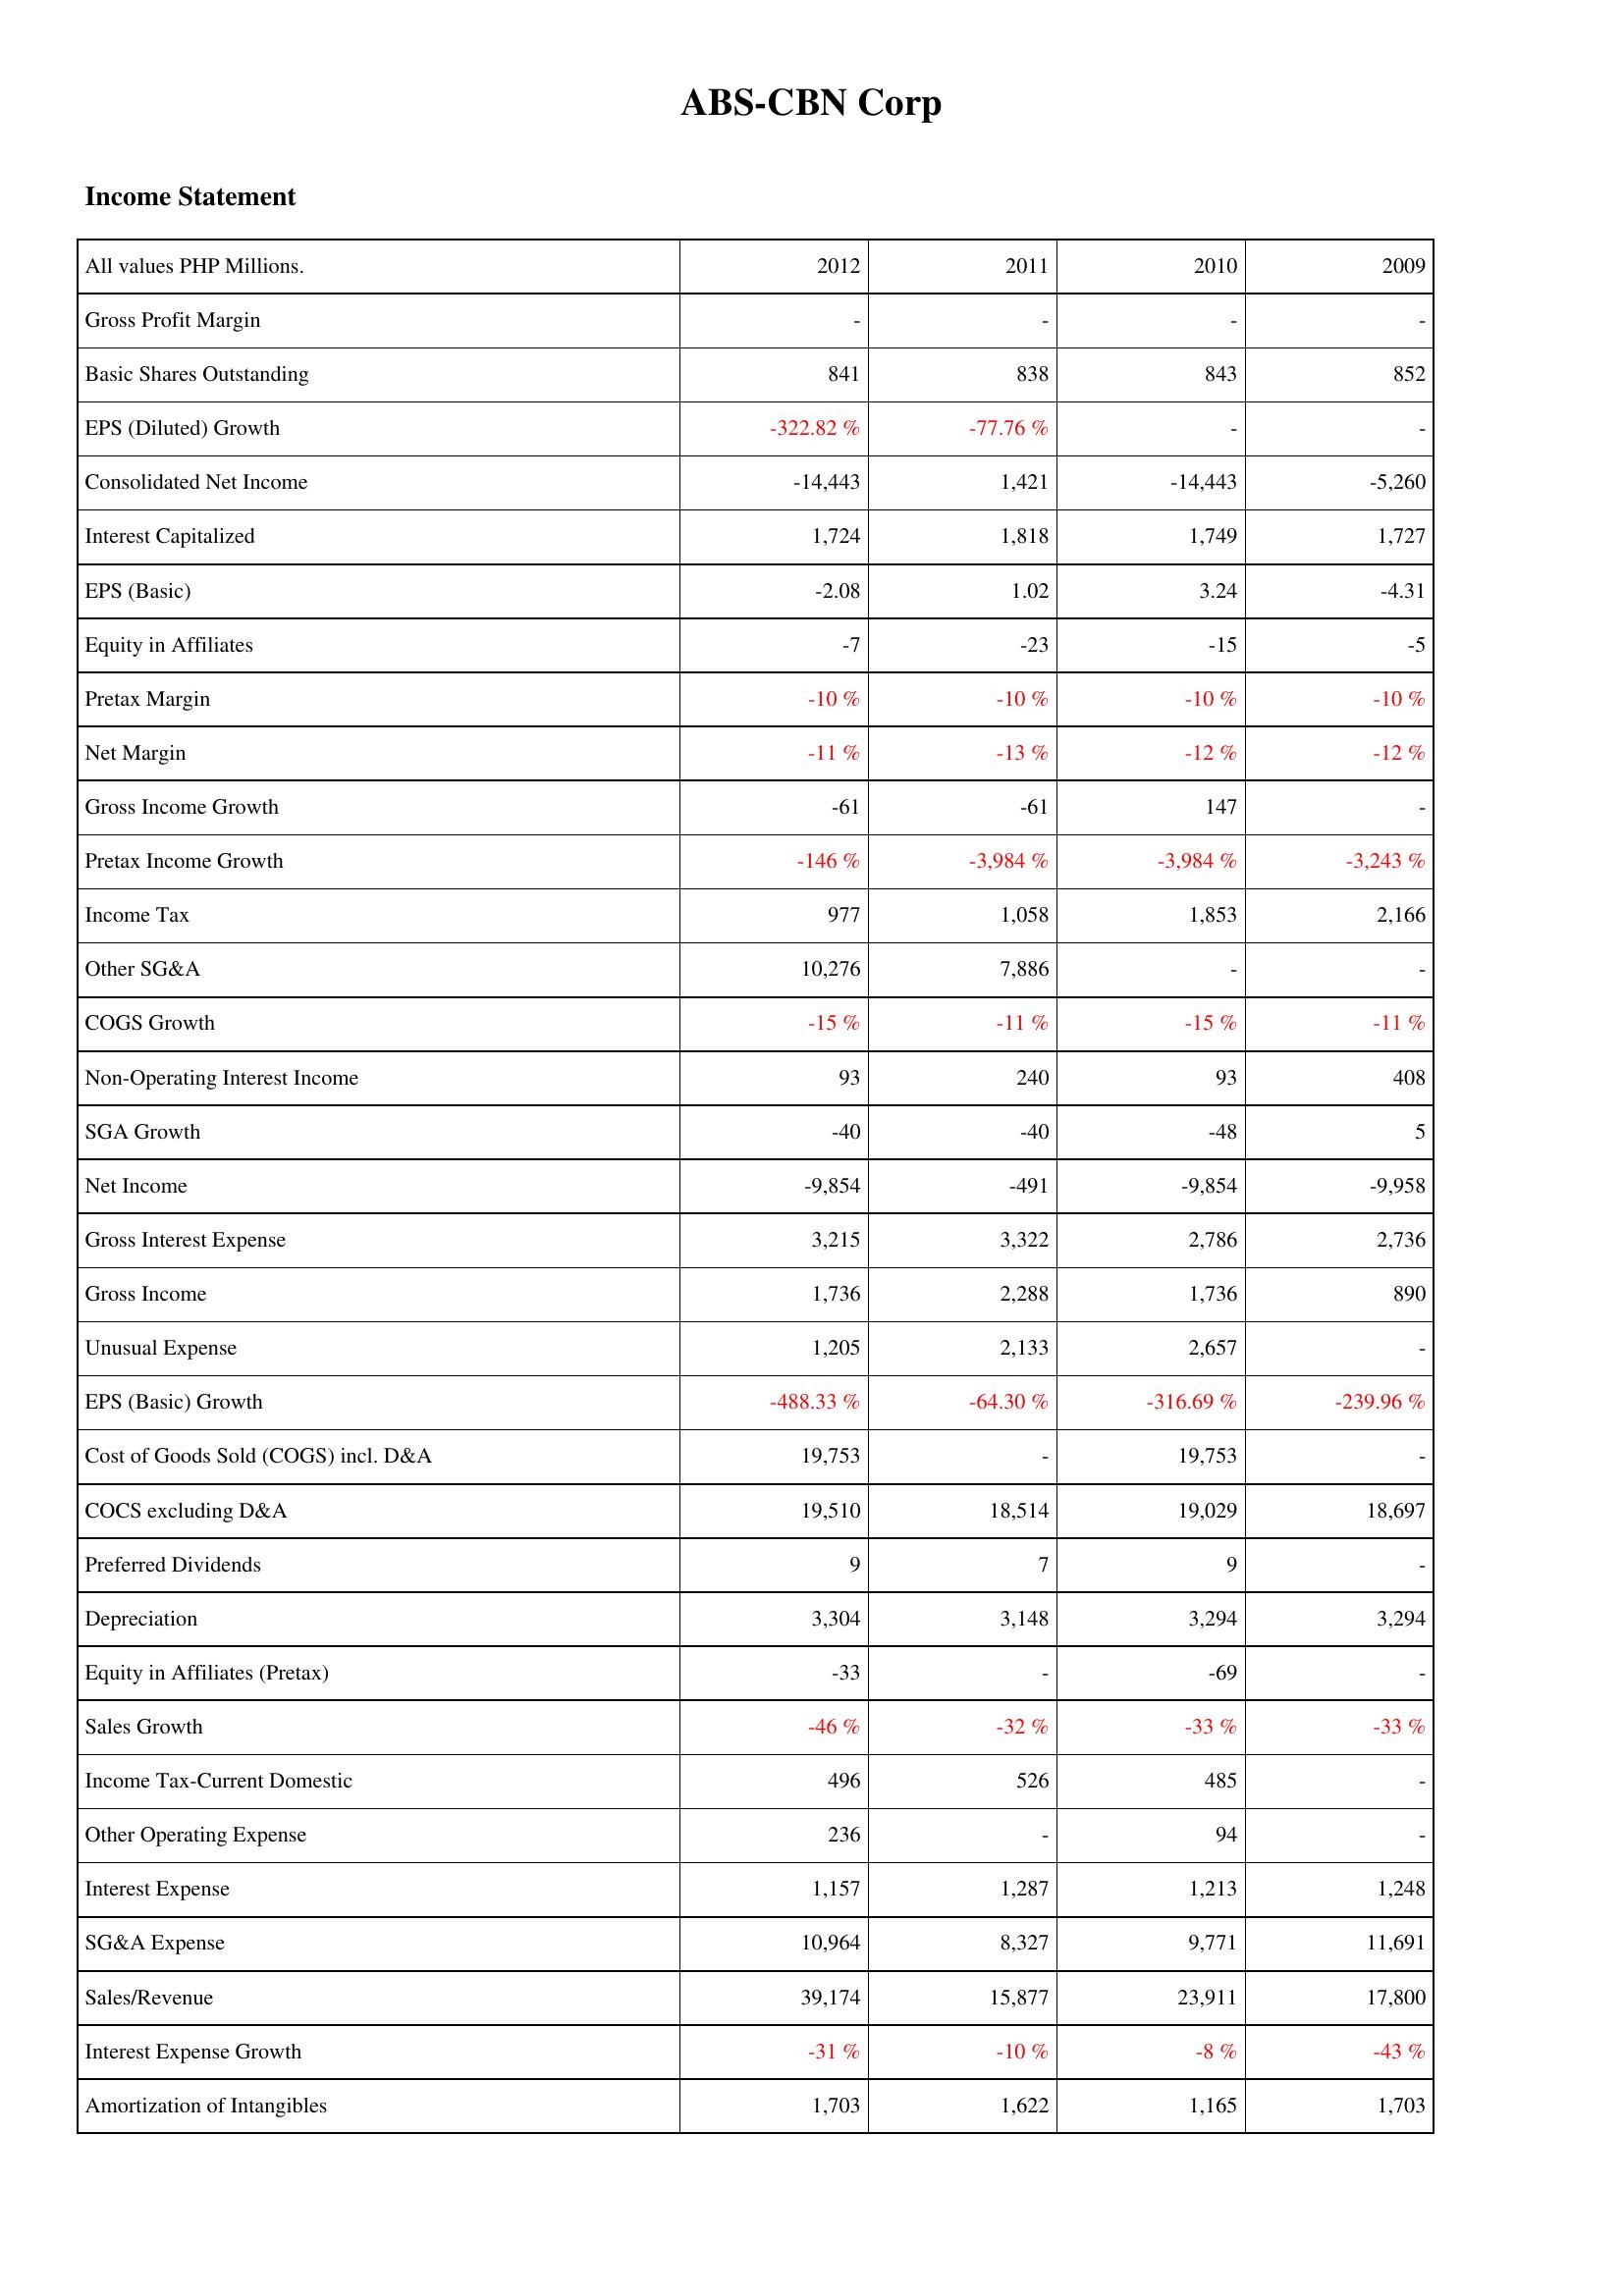
2012: Income Statement: Gross Profit Margin: -
Basic Shares Outstanding: 841
EPS (Diluted) Growth: -322.82 %
Consolidated Net Income: -14,443
Interest Capitalized: 1,724
EPS (Basic): -2.08
Equity in Affiliates: -7
Pretax Margin: -10 %
Net Margin: -11 %
Gross Income Growth: -61
Pretax Income Growth: -146 %
Income Tax: 977
Other SG&A: 10,276
COGS Growth: -15 %
Non-Operating Interest Income: 93
SGA Growth: -40
Net Income: -9,854
Gross Interest Expense: 3,215
Gross Income: 1,736
Unusual Expense: 1,205
EPS (Basic) Growth: -488.33 %
Cost of Goods Sold (COGS) incl. D&A: 19,753
COCS excluding D&A: 19,510
Preferred Dividends: 9
Depreciation: 3,304
Equity in Affiliates (Pretax): -33
Sales Growth: -46 %
Income Tax-Current Domestic: 496
Other Operating Expense: 236
Interest Expense: 1,157
SG&A Expense: 10,964
Sales/Revenue: 39,174
Interest Expense Growth: -31 %
Amortization of Intangibles: 1,703
2011: Income Statement: Gross Profit Margin: -
Basic Shares Outstanding: 838
EPS (Diluted) Growth: -77.76 %
Consolidated Net Income: 1,421
Interest Capitalized: 1,818
EPS (Basic): 1.02
Equity in Affiliates: -23
Pretax Margin: -10 %
Net Margin: -13 %
Gross Income Growth: -61
Pretax Income Growth: -3,984 %
Income Tax: 1,058
Other SG&A: 7,886
COGS Growth: -11 %
Non-Operating Interest Income: 240
SGA Growth: -40
Net Income: -491
Gross Interest Expense: 3,322
Gross Income: 2,288
Unusual Expense: 2,133
EPS (Basic) Growth: -64.30 %
Cost of Goods Sold (COGS) incl. D&A: -
COCS excluding D&A: 18,514
Preferred Dividends: 7
Depreciation: 3,148
Equity in Affiliates (Pretax): -
Sales Growth: -32 %
Income Tax-Current Domestic: 526
Other Operating Expense: -
Interest Expense: 1,287
SG&A Expense: 8,327
Sales/Revenue: 15,877
Interest Expense Growth: -10 %
Amortization of Intangibles: 1,622
2010: Income Statement: Gross Profit Margin: -
Basic Shares Outstanding: 843
EPS (Diluted) Growth: -
Consolidated Net Income: -14,443
Interest Capitalized: 1,749
EPS (Basic): 3.24
Equity in Affiliates: -15
Pretax Margin: -10 %
Net Margin: -12 %
Gross Income Growth: 147
Pretax Income Growth: -3,984 %
Income Tax: 1,853
Other SG&A: -
COGS Growth: -15 %
Non-Operating Interest Income: 93
SGA Growth: -48
Net Income: -9,854
Gross Interest Expense: 2,786
Gross Income: 1,736
Unusual Expense: 2,657
EPS (Basic) Growth: -316.69 %
Cost of Goods Sold (COGS) incl. D&A: 19,753
COCS excluding D&A: 19,029
Preferred Dividends: 9
Depreciation: 3,294
Equity in Affiliates (Pretax): -69
Sales Growth: -33 %
Income Tax-Current Domestic: 485
Other Operating Expense: 94
Interest Expense: 1,213
SG&A Expense: 9,771
Sales/Revenue: 23,911
Interest Expense Growth: -8 %
Amortization of Intangibles: 1,165
2009: Income Statement: Gross Profit Margin: -
Basic Shares Outstanding: 852
EPS (Diluted) Growth: -
Consolidated Net Income: -5,260
Interest Capitalized: 1,727
EPS (Basic): -4.31
Equity in Affiliates: -5
Pretax Margin: -10 %
Net Margin: -12 %
Gross Income Growth: -
Pretax Income Growth: -3,243 %
Income Tax: 2,166
Other SG&A: -
COGS Growth: -11 %
Non-Operating Interest Income: 408
SGA Growth: 5
Net Income: -9,958
Gross Interest Expense: 2,736
Gross Income: 890
Unusual Expense: -
EPS (Basic) Growth: -239.96 %
Cost of Goods Sold (COGS) incl. D&A: -
COCS excluding D&A: 18,697
Preferred Dividends: -
Depreciation: 3,294
Equity in Affiliates (Pretax): -
Sales Growth: -33 %
Income Tax-Current Domestic: -
Other Operating Expense: -
Interest Expense: 1,248
SG&A Expense: 11,691
Sales/Revenue: 17,800
Interest Expense Growth: -43 %
Amortization of Intangibles: 1,703